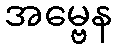
အမ္ဗေန